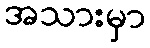
အသားမှာ